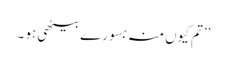
’’تم کیوں منہ بسورے بیٹھی ہو ۔